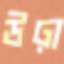
উঢ়া